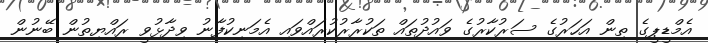
އެމްޑީޕީގެ ތިން އަހަރުގެ ސަރުކާރުގެ ވައުދުތައް ތަކުރާރުކުރައްވައި އެމަނިކުފާނު ވިދާޅުވީ ރައްޔިތުން ބޭނުން